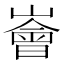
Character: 𪩚